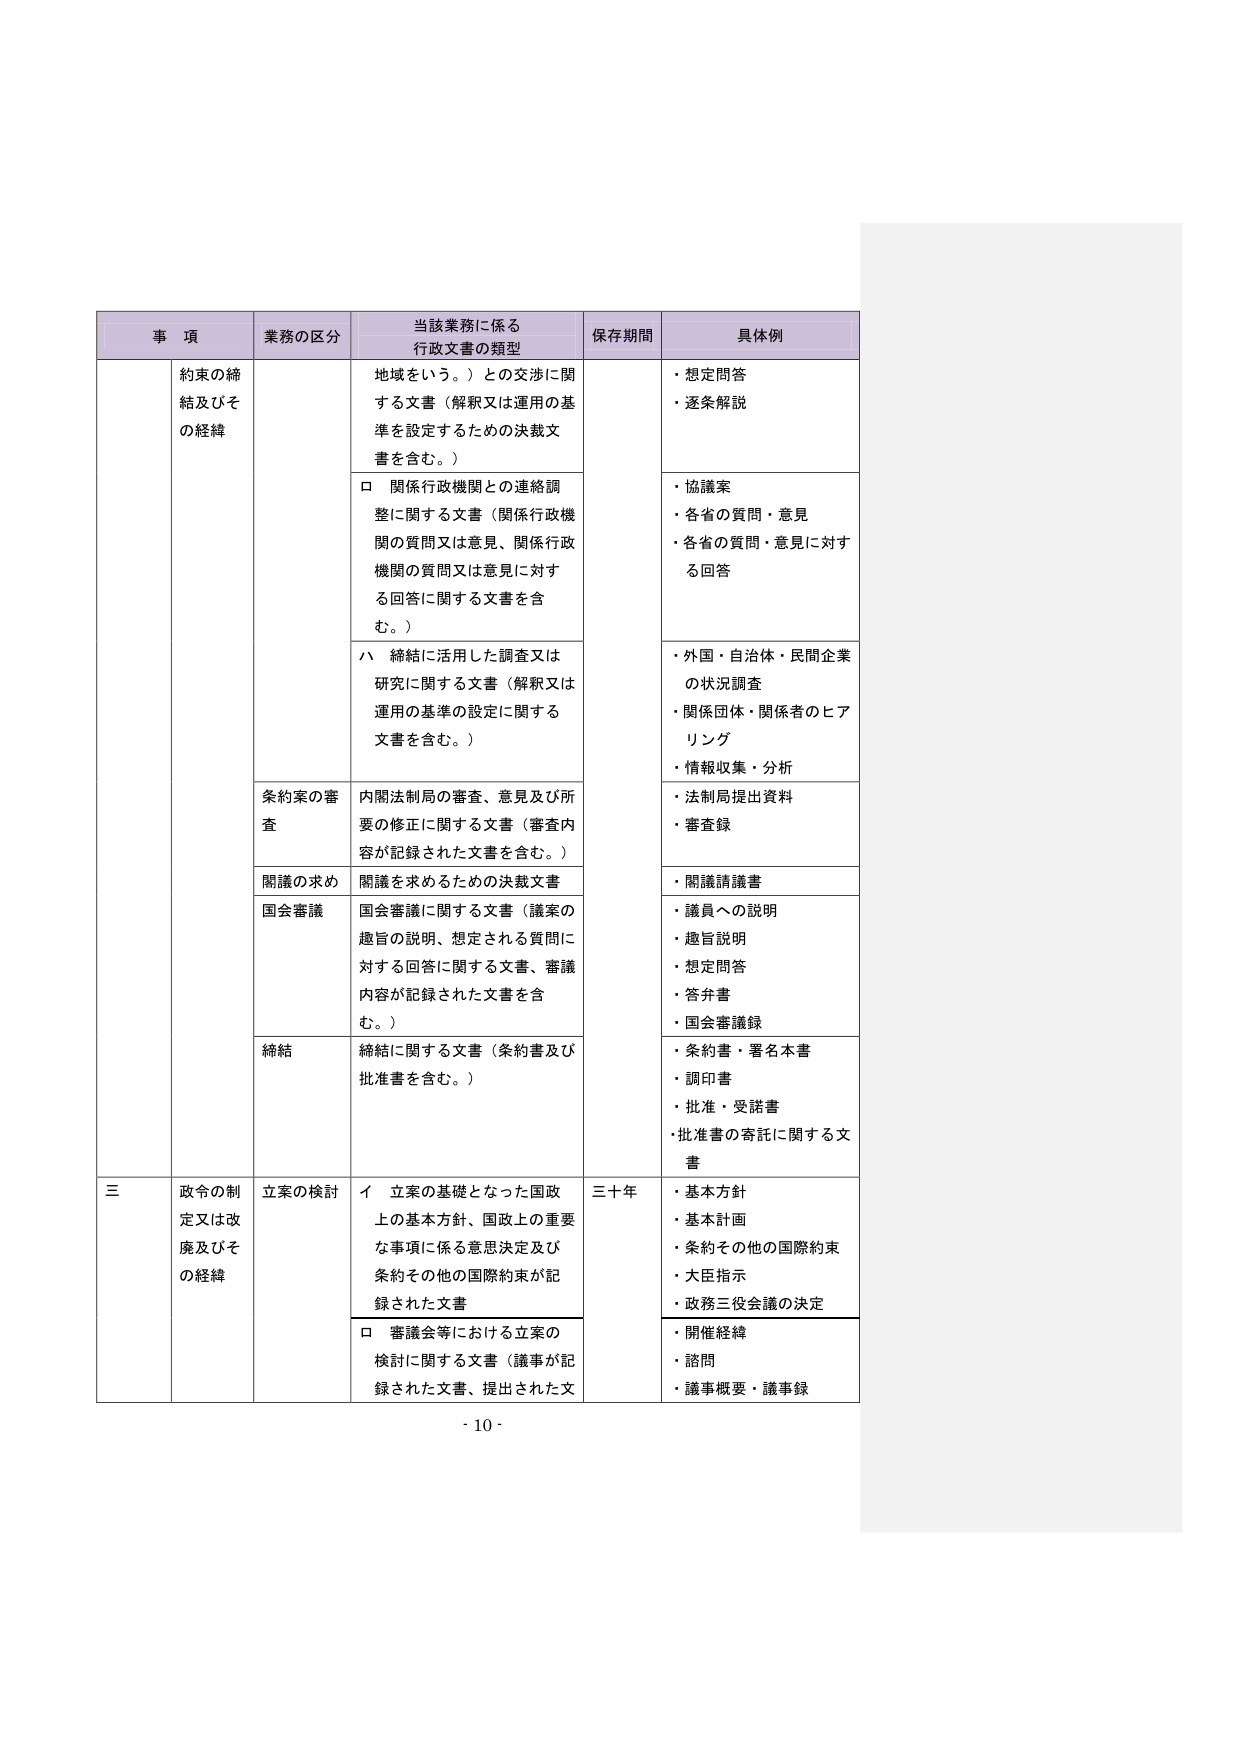
事 項 業務の区分 当該業務に係る 行政文書の類型 保存期間 具体例 約束の締 結及びそ の経緯 地域をいう。）との交渉に関 する文書（解釈又は運用の基 準を設定するための決裁文 書を含む。） ・想定問答 ・逐条解説 □ 関係行政機関との連絡調 整に関する文書（関係行政機 関の質問又は意見、関係行政 機関の質問又は意見に対す る回答に関する文書を含 む。） ・協議案 ・各省の質問・意見 ・各省の質問・意見に対す る回答 ハ 締結に活用した調査又は 研究に関する文書（解釈又は 運用の基準の設定に関する 文書を含む。） ・外国・自治体・民間企業 の状況調査 ・関係団体・関係者のヒア リング ・情報収集・分析 条約案の審 査 内閣法制局の審査、意見及び所 要の修正に関する文書（審査内 容が記録された文書を含む。） ・法制局提出資料 ・審査録 閣議の求め 閣議を求めるための決裁文書 ・閣議議議書 国会審議 国会審議に関する文書（議案の 趣旨の説明、想定される質問に 対する回答に関する文書、審議 内容が記録された文書を含 む。） ・議員への説明 ・趣旨説明 ・想定問答 ・答弁書 ・国会審議録 締結 締結に関する文書（条約書及び 批准書を含む。） ・条約書・署名本書 ・調印書 ・批准・受諾書 ・批准書の寄託に関する文 書 三 政令の制 定又は改 廃及びそ の経緯 立案の検討 イ 立案の基礎となった国政 上の基本方針、国政上の重要 な事項に係る意思決定及び 条約その他の国際約束が記 録された文書 三十年 ・基本方針 ・基本計画 ・条約その他の国際約束 ・大臣指示 ・政務三役会議の決定 □ 審議会等における立案の 検討に関する文書（議事が記 録された文書、提出された文 ・開催経緯 ・諮問 ・議事概要・議事録 - 10 -